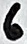
Text: 6